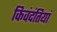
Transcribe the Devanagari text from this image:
किवंदंतियां